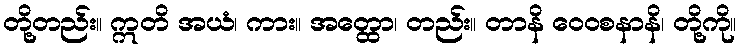
တို့တည်း။ ဣတိ အယံ၊ ကား။ အတ္ထော၊ တည်း။ တာနိ ဝေဝစနာနိ၊ တို့ကို။